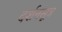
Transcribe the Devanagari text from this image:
दर्शनसूत्र